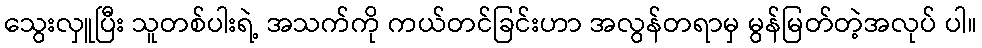
သွေးလှူပြီး သူတစ်ပါးရဲ့ အသက်ကို ကယ်တင်ခြင်းဟာ အလွန်တရာမှ မွန်မြတ်တဲ့အလုပ် ပါ။